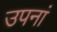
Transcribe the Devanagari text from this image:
उपनां